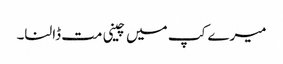
میرے کپ میں چینی مت ڈالنا۔